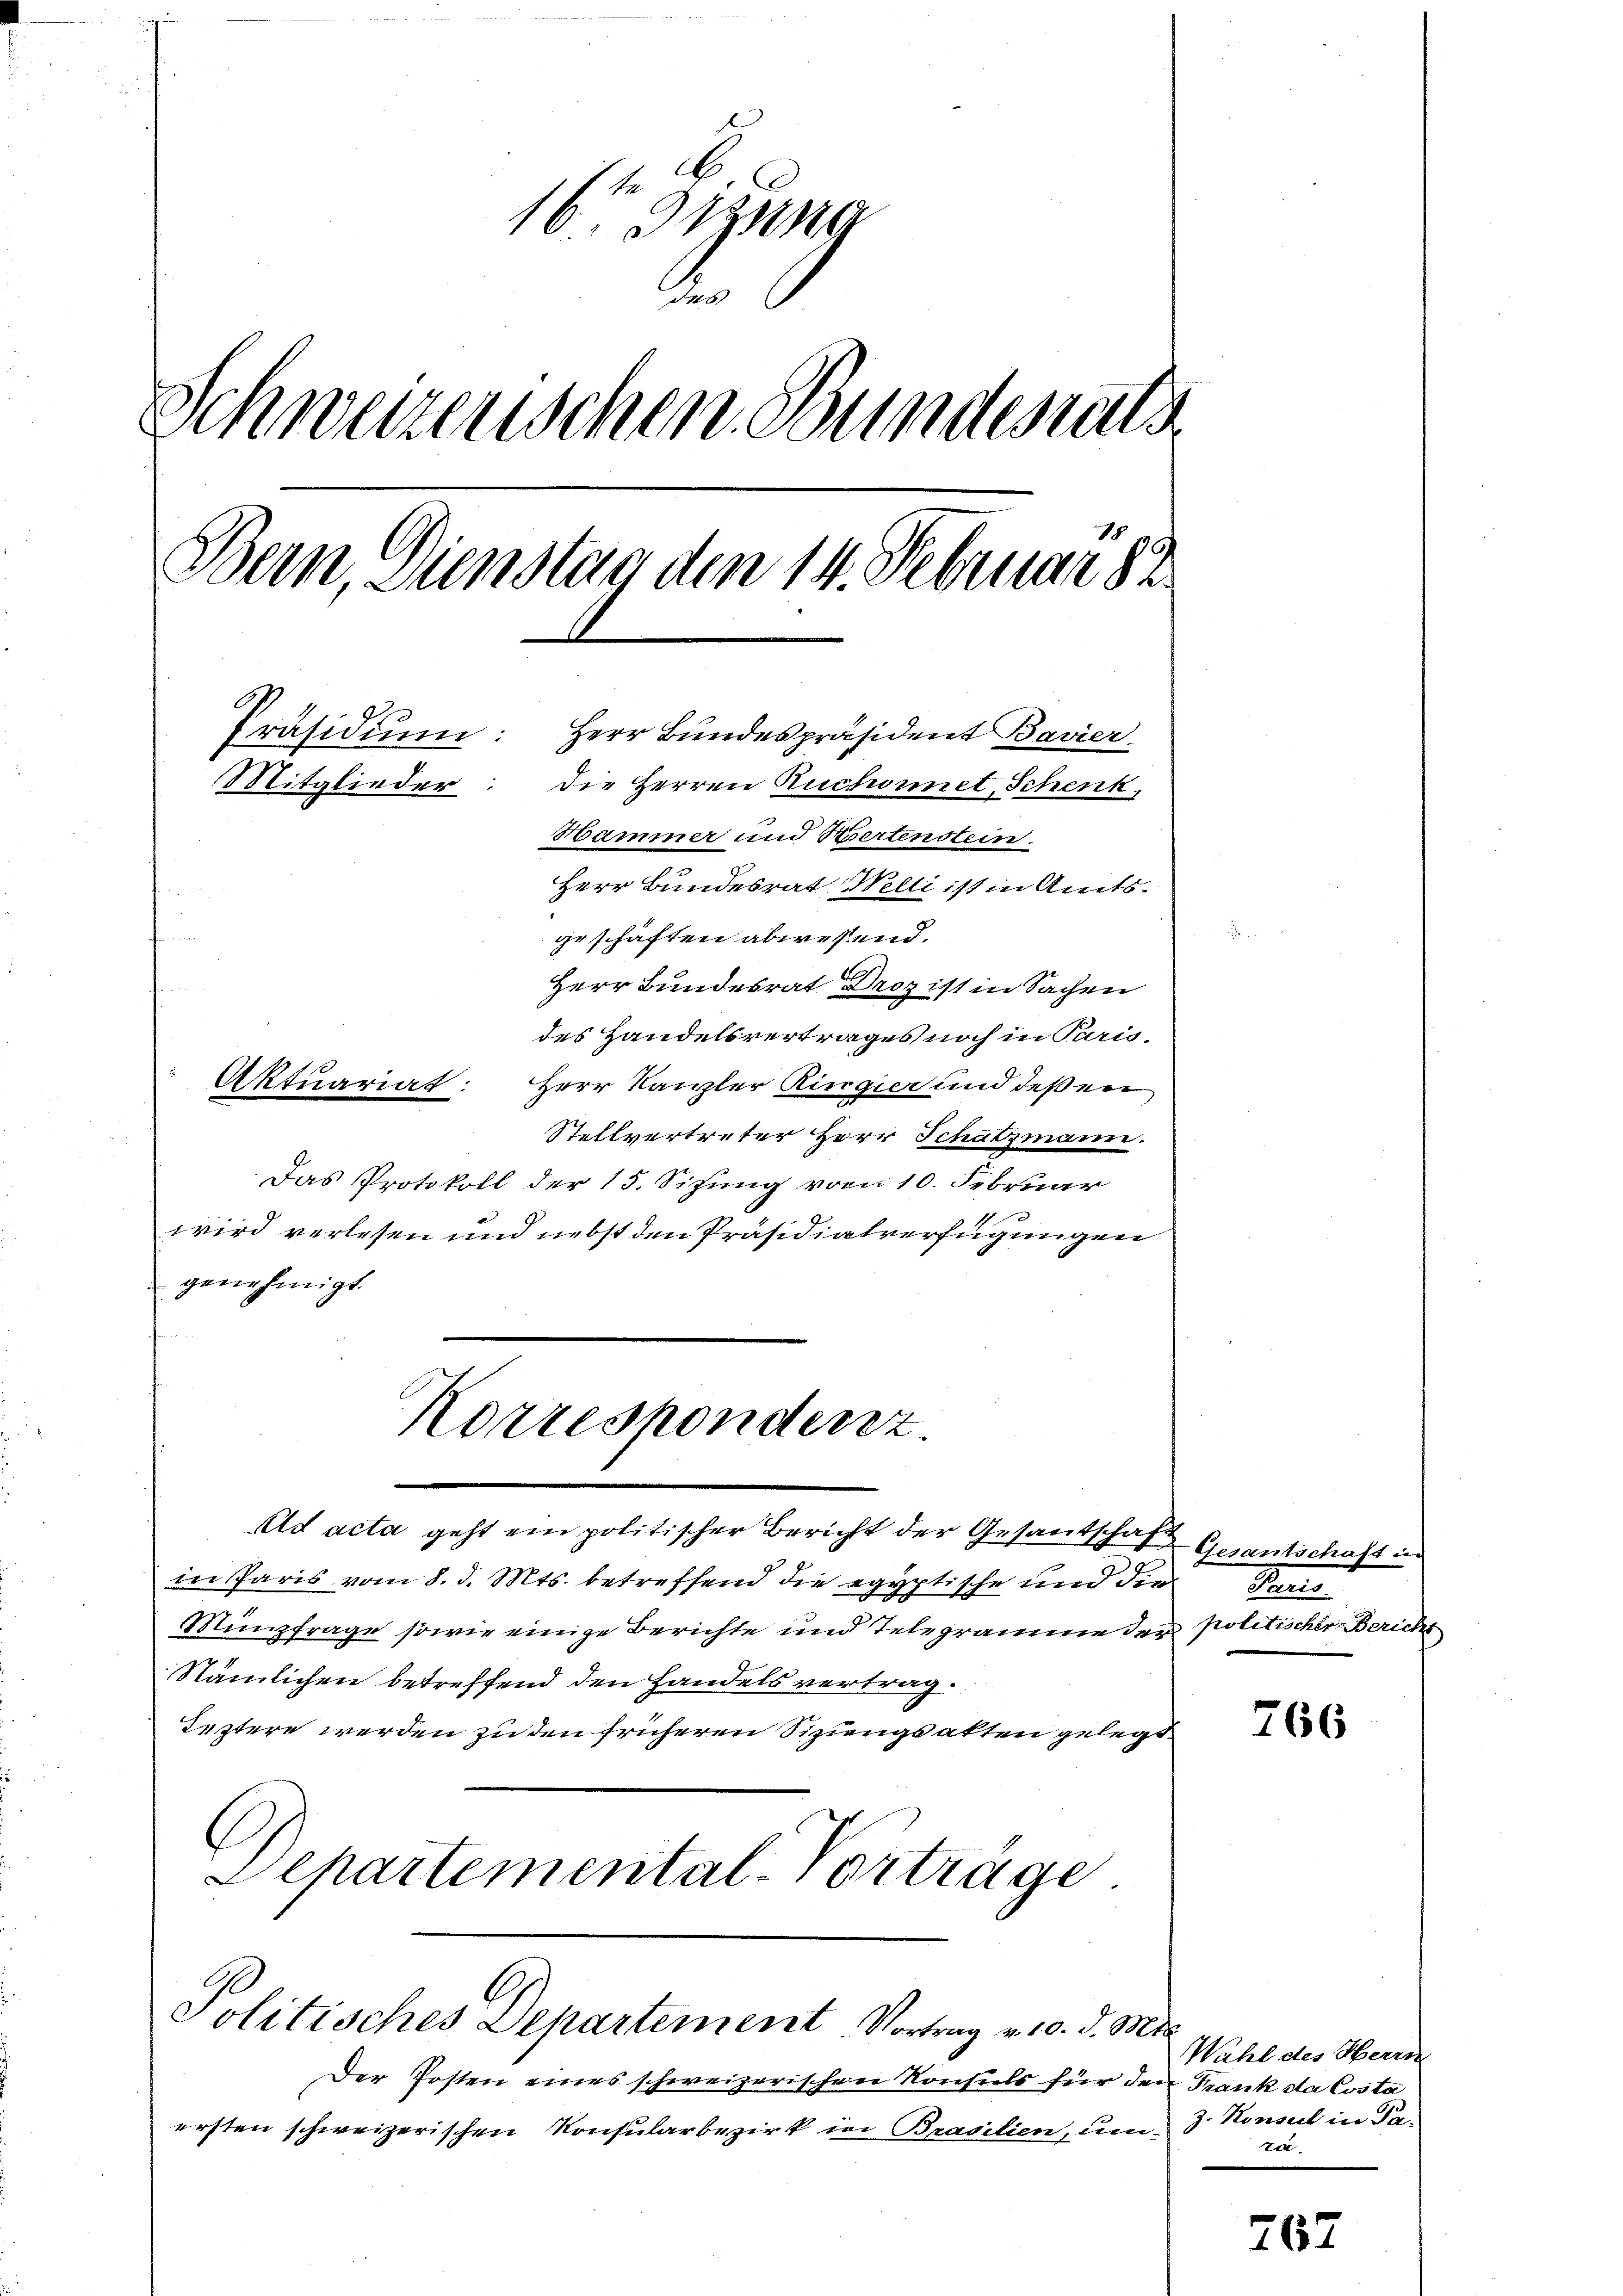
16ten zuna
der
Schweizerischen Bundesrats
Bern, Dienstag den 14. Februar 82
Präsidiŭm: Herr Bundespräsident Bavier
Mitglieder
die Herren Ruchornet, Schenk,
Hammer und Wertenstein.
Herr Bundesrat Welti ist in Amtsgeschäften abwesend.
Herr Bundesrat Droz ist in Sachen
des Handelsvertrages noch in Paris-
Herr Kanzler Ringier und deßen

Korresponderz

in Paris vom 8. d. Mts. betreffend die egyptische und die
Münzfrage sowie einige Berichte und Telegramme der politischer Bericher
Nämlichen betreffend den Handels vertrag
leztere werden zu den früheren Siziengsakten gelegt
Departemental-Vorträge

Aktuariat:
Stellvertreter Herr Schatzmann.
Das Protokoll der 15. Sitzung vom 10. Februar
wird verlesen und nebst den Präsidialverfügungen
genehmigt.

Ad acta geht ein politischer Bericht der Gesantschaft Gesantschaft un

Politisches Departement. Vortrag v. 10. d. Mit

Der Posten eines schweizerischen Konsuels für den Frank da Costa
ersten schweizerischen Konsularbezirk in Brasilien, um 3. Konsul in Fr

Brenne

766

Wahl des Herrn
ra.

767